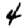
Digit: 4